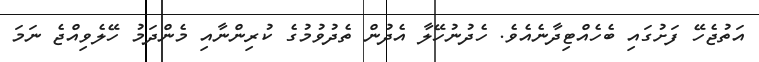
އަތުޖެހޭ ފަށުގައި ބެހެއްޓިދާނެއެވެ. ހެދުނުހޭލާ އެދުން ތެދުވުމުގެ ކުރިންނާއި މެންދަމު ހޭލެވިއްޖެ ނަމަ